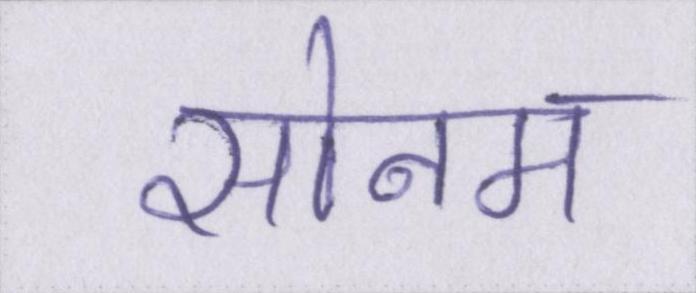
सोनम